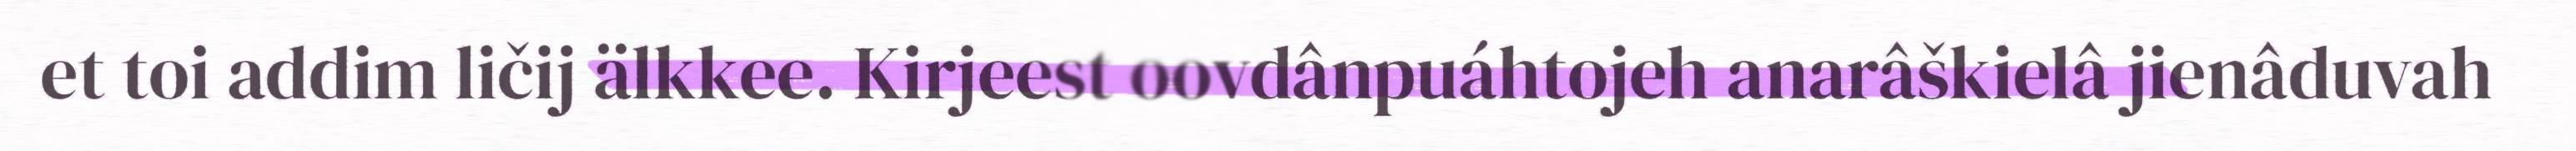
et toi addim ličij älkkee. Kirjeest oovdânpuáhtojeh anarâškielâ jienâduvah